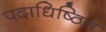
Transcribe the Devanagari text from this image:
पदाधिष्ठित